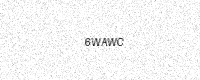
Text: 6WAWC